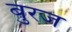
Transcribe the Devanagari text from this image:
बुरज